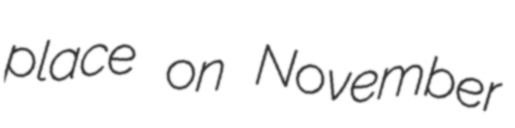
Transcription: place on November